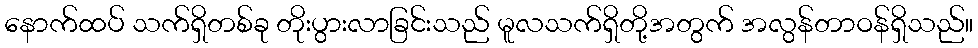
နောက်ထပ် သက်ရှိတစ်ခု တိုးပွားလာခြင်းသည် မူလသက်ရှိတို့အတွက် အလွန်တာဝန်ရှိသည်။